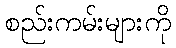
စည်းကမ်းများကို